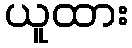
ယူထား